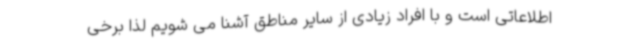
اطلاعاتی است و با افراد زیادی از سایر مناطق آشنا می شویم لذا برخی